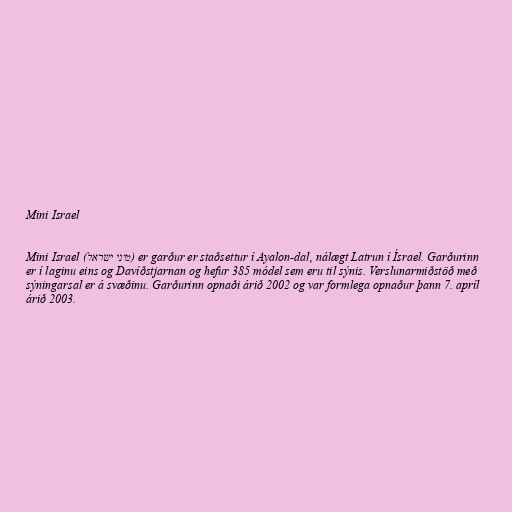
Mini Israel

Mini Israel (מיני ישראל) er garður er staðsettur í Ayalon-dal, nálægt Latrun í Ísrael. Garðurinn
er í laginu eins og Davíðstjarnan og hefur 385 módel sem eru til sýnis. Verslunarmiðstöð með
sýningarsal er á svæðinu. Garðurinn opnaði árið 2002 og var formlega opnaður þann 7. apríl
árið 2003.